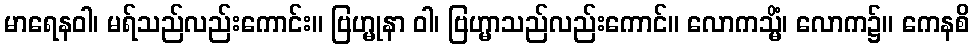
မာရေနဝါ၊ မရ်သည်လည်းကောင်း။ ဗြဟ္မုနာ ဝါ၊ ဗြဟ္မာသည်လည်းကောင်။ လောကသ္မိံ၊ လောက၌။ ကေနစိ